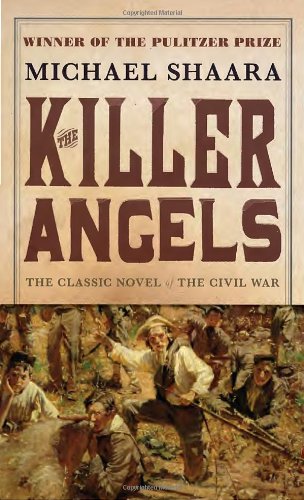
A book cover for The Killer Angels: The Classic Novel of the Civil War (Civil War Trilogy); Michael Shaara; Literature & Fiction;